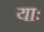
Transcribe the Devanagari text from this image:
याः